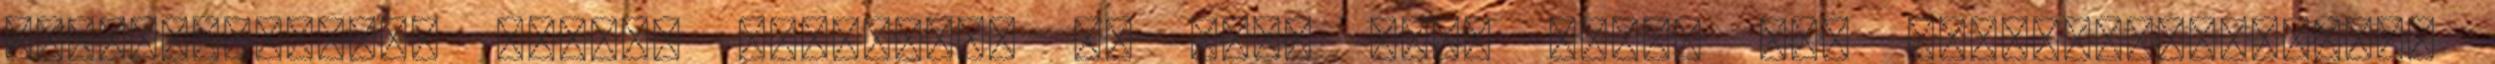
jogászképzést. Hiszen láthatjuk ma már, mire képes egy paragrafushuszár,